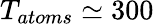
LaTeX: T_{atoms}\simeq 300